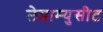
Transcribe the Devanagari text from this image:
लेप्राम्युसीट